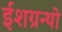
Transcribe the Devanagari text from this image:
ईशग्रन्थो